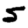
Digit: 5